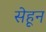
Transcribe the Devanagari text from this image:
सेहून